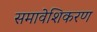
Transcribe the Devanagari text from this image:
समावेशिकरण